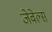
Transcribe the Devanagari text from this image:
जेवेल्स